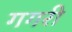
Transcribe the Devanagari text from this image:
गगरी